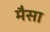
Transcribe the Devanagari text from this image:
मैसा